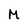
Character: M